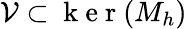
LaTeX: \mathcal{V}\subset\mathrm{~k~e~r~}(M_{h})